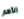
الأهم